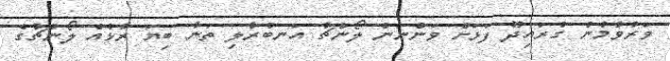
ވަރުވުމުން ގުރައިދޫ ފަޅަށް ވަންނަން ލޯންޗު އަނބުރާލި ތަނާ ބިޔަ ރާޅެއް ލޯންޗުގެ